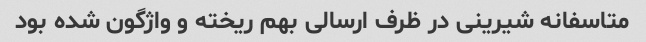
متاسفانه شیرینی در ظرف ارسالی بهم ریخته و واژگون شده بود